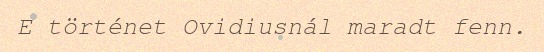
E történet Ovidiusnál maradt fenn.